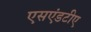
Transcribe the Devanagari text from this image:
एसएंडटीए